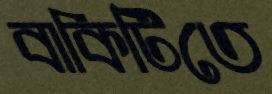
বাকিটিতে